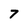
Character: 7